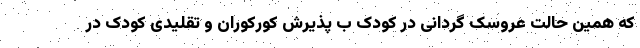
که همین حالت عروسک گردانی در کودک ب پذیرش کورکوران و تقلیدی کودک در